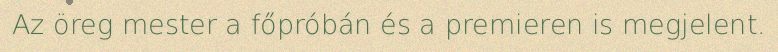
Az öreg mester a főpróbán és a premieren is megjelent.